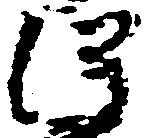
得